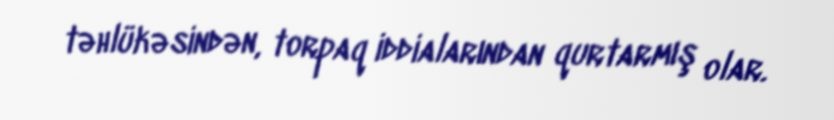
təhlükəsindən, torpaq iddialarından qurtarmış olar.